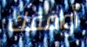
أوافقك